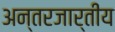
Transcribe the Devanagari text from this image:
अन्तरजार्तीय